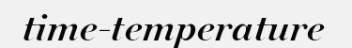
time-temperature